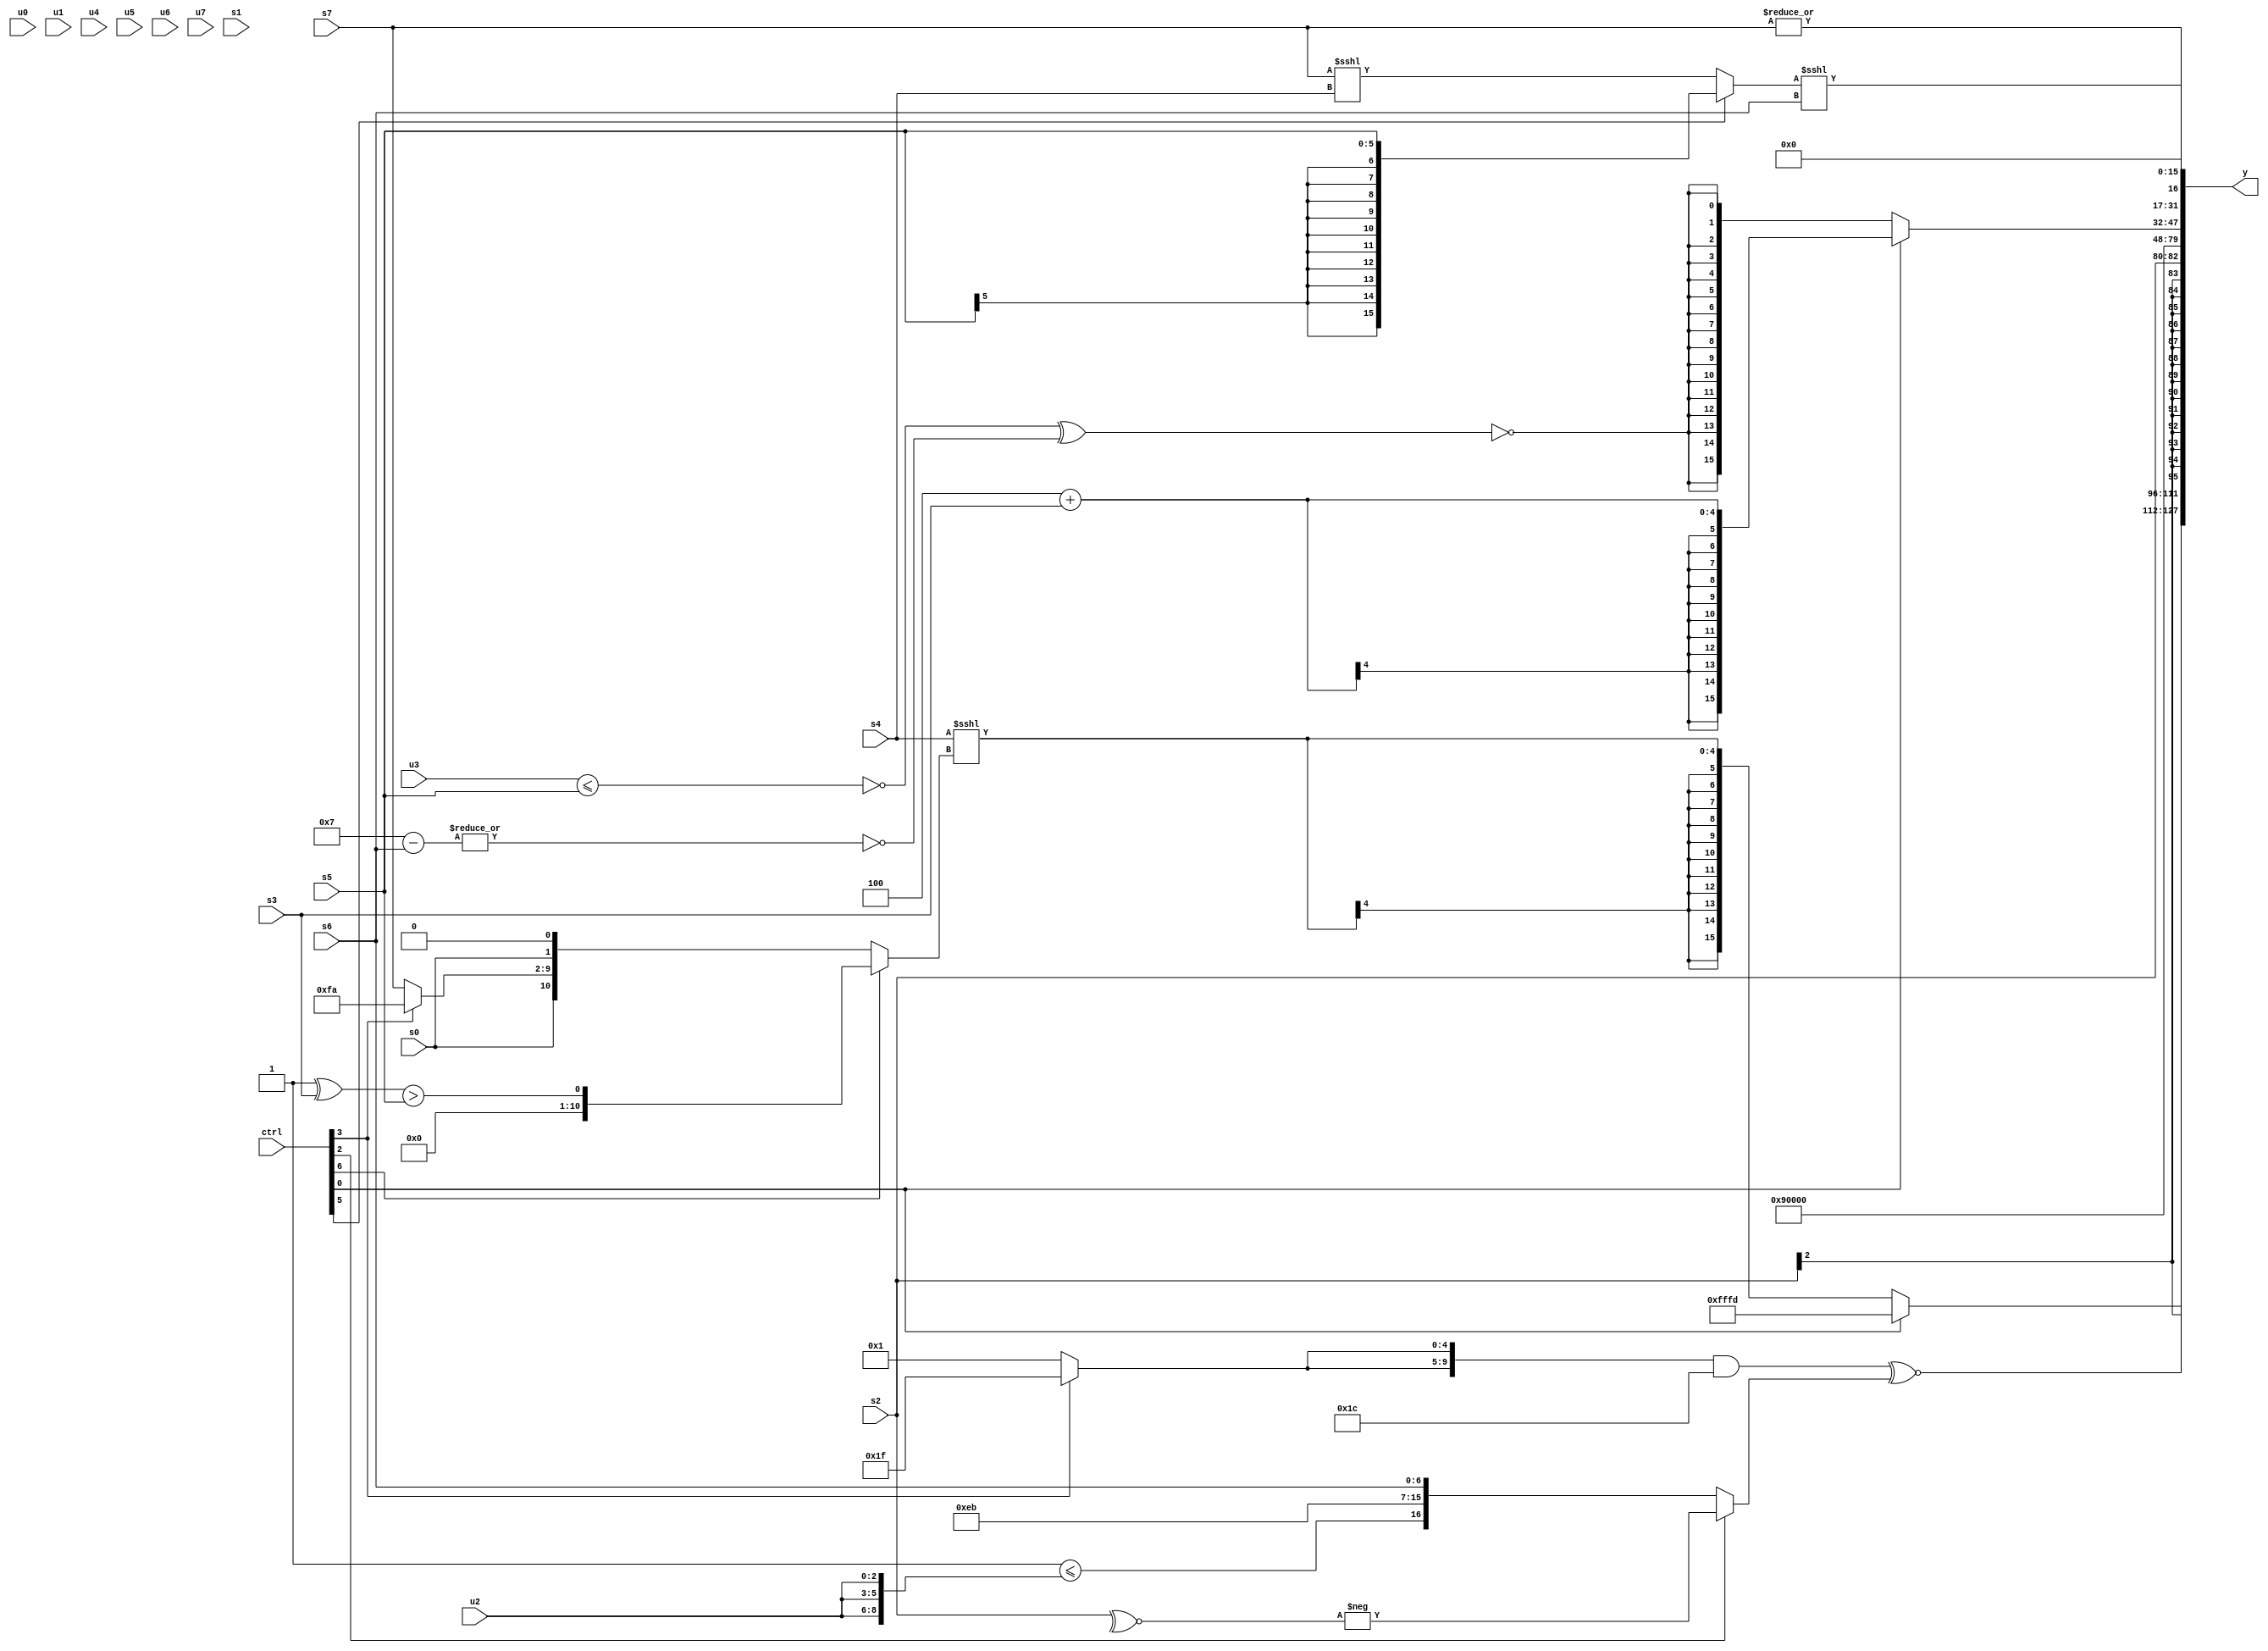
module wideexpr_00076(ctrl, u0, u1, u2, u3, u4, u5, u6, u7, s0, s1, s2, s3, s4, s5, s6, s7, y);
  input [7:0] ctrl;
  input [0:0] u0;
  input [1:0] u1;
  input [2:0] u2;
  input [3:0] u3;
  input [4:0] u4;
  input [5:0] u5;
  input [6:0] u6;
  input [7:0] u7;
  input signed [0:0] s0;
  input signed [1:0] s1;
  input signed [2:0] s2;
  input signed [3:0] s3;
  input signed [4:0] s4;
  input signed [5:0] s5;
  input signed [6:0] s6;
  input signed [7:0] s7;
  output [127:0] y;
  wire [15:0] y0;
  wire [15:0] y1;
  wire [15:0] y2;
  wire [15:0] y3;
  wire [15:0] y4;
  wire [15:0] y5;
  wire [15:0] y6;
  wire [15:0] y7;
  assign y = {y0,y1,y2,y3,y4,y5,y6,y7};
  assign y0 = ({1{(+({2{(ctrl[3]?5'sb11111:2'sb01)}}))&($signed(6'b011100))}})^~((ctrl[2]?-(~^(s2)):({(~^(6'sb010100))<=({3{u2}}),3'sb011,6'sb101011,s6})>>>(1'sb0)));
  assign y1 = (ctrl[0]?3'sb101:$signed((s4)<<<((ctrl[6]?((2'sb11)^(s3))>(s5):{{1{s0}},(ctrl[3]?5'sb11010:s7),-(s0),&(3'sb101)}))));
  assign y2 = s2;
  assign y3 = 5'sb01001;
  assign y4 = 1'sb0;
  assign y5 = (ctrl[0]?(+(3'sb100))+(s3):$signed(~((~|(-((u3)<=(s5))))^(~|({3{(5'sb00111)-(s6)}})))));
  assign y6 = |(s7);
  assign y7 = ((ctrl[5]?s5:(ctrl[5]?(ctrl[1]?-(5'sb11100):$signed(-(u1))):((+(s7))<<<((4'sb0101)>>>(4'sb0110)))<<<(s4))))<<<($unsigned(s6));
endmodule